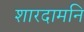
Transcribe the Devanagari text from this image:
शारदामनि